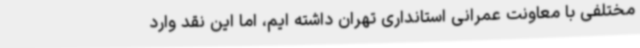
مختلفی با معاونت عمرانی استانداری تهران داشته ایم، اما این نقد وارد